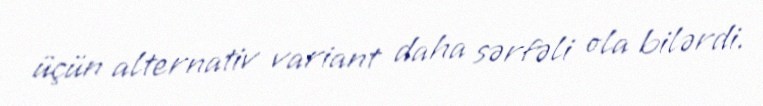
üçün alternativ variant daha sərfəli ola bilərdi.